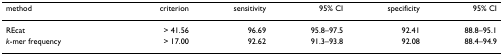
<table><thead><tr><td><b>method</b></td><td><b>criterion</b></td><td><b>sensitivity</b></td><td><b>95% CI</b></td><td><b>specificity</b></td><td><b>95% CI</b></td></tr></thead><tbody><tr><td>REcat</td><td>&gt; 41.56</td><td>96.69</td><td>95.8–97.5</td><td>92.41</td><td>88.8–95.1</td></tr><tr><td><i>k</i>-mer frequency</td><td>&gt; 17.00</td><td>92.62</td><td>91.3–93.8</td><td>92.08</td><td>88.4–94.9</td></tr></tbody></table>